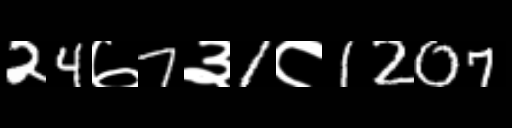
Text: 24७7३1८1207